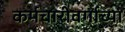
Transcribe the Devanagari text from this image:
कर्मचारीवर्गाच्या